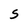
Character: S